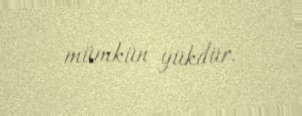
mümkün yükdür.